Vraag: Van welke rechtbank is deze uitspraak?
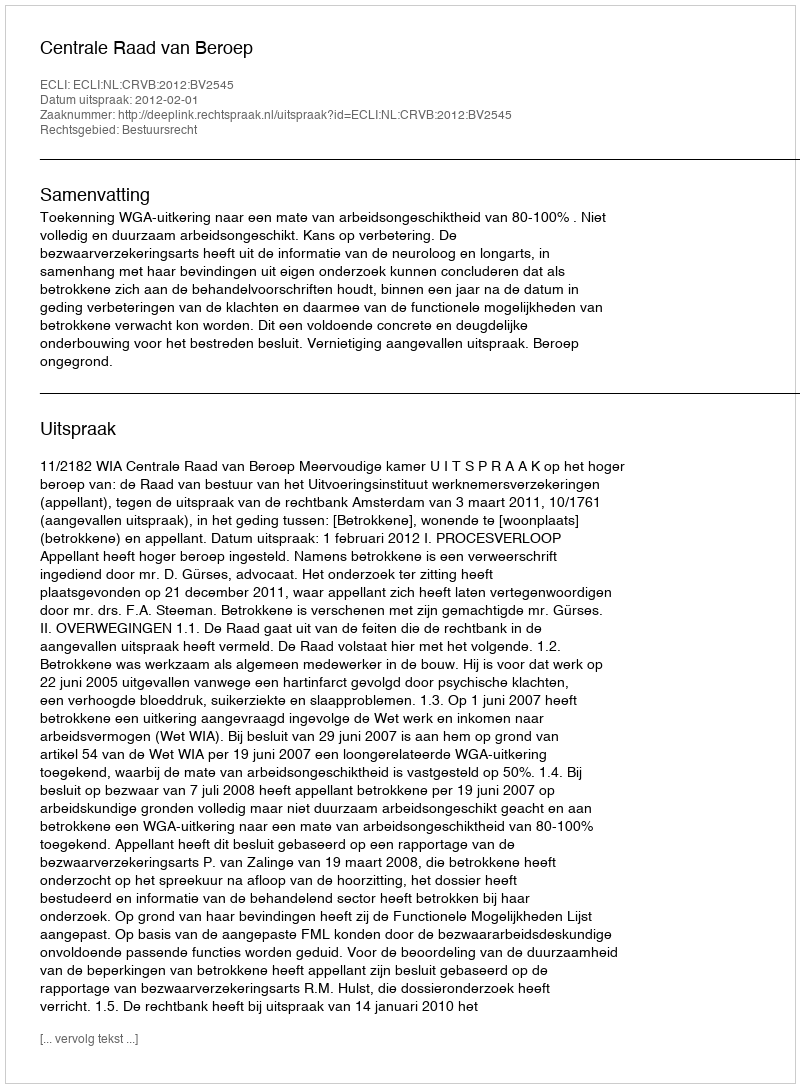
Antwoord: Centrale Raad van Beroep